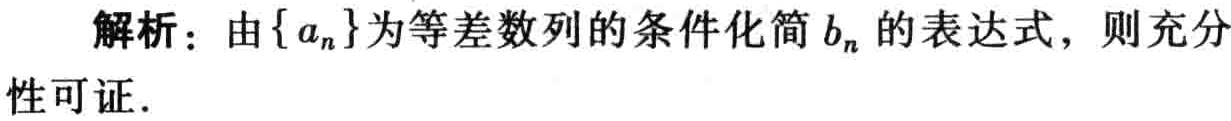
解析：由\(\{a_{n}\}\)为等差数列的条件化简\(b_{n}\)的表达式，则充分性可证.